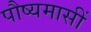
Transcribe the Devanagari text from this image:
पौष्यमासीं